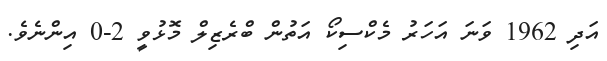
އަދި 1962 ވަނަ އަހަރު މެކްސިކޯ އަތުން ބްރެޒިލް މޮޅުވީ 2-0 އިންނެވެ.